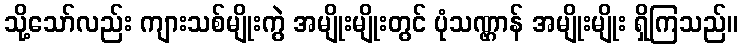
သို့သော်လည်း ကျားသစ်မျိုးကွဲ အမျိုးမျိုးတွင် ပုံသဏ္ဌာန် အမျိုးမျိုး ရှိကြသည်။